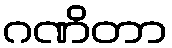
ဂဏိတာ